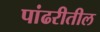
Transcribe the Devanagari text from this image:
पांढरीतील